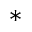
^ *